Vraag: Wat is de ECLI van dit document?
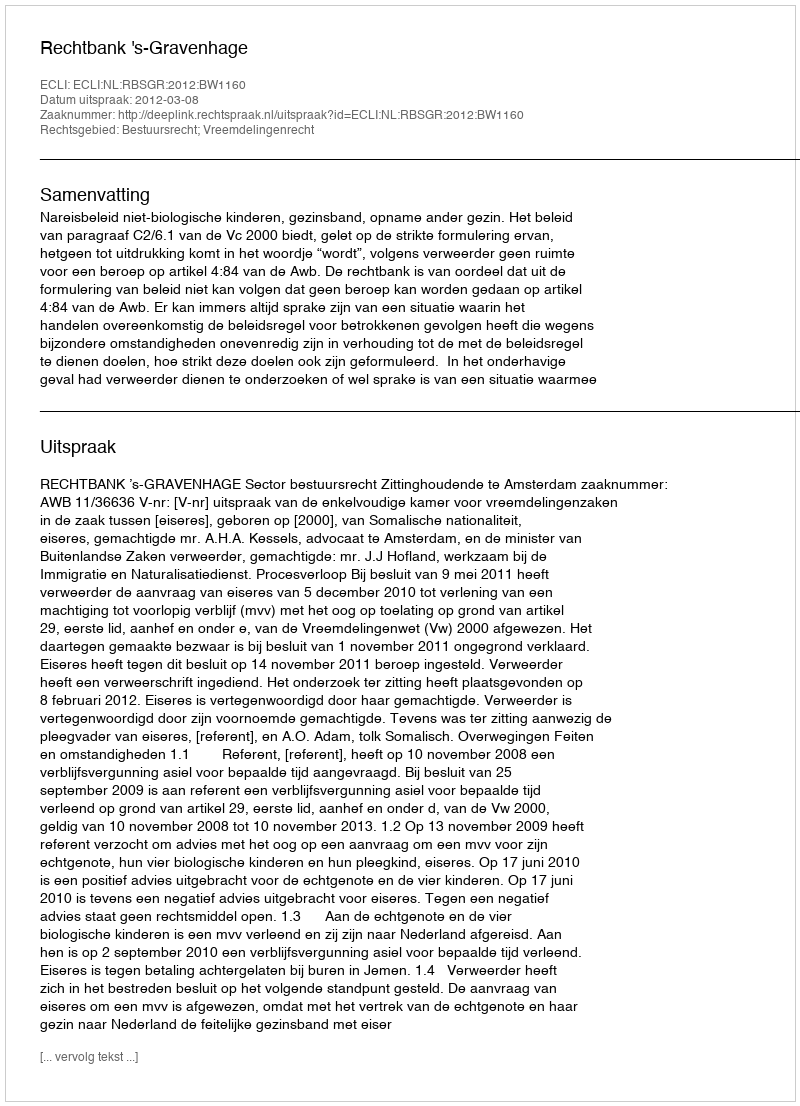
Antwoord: ECLI:NL:RBSGR:2012:BW1160